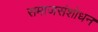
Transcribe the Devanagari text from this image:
समाजसंशोधन